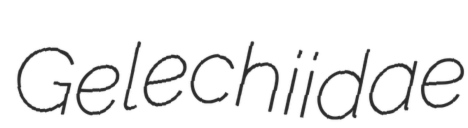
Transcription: Gelechiidae